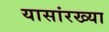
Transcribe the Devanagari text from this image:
यासांरख्या